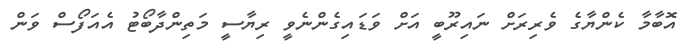
އޮބާމާ ކެންޔާގެ ވެރިރަށް ނައިރޫބީ އަށް ވަޑައިގެންނެވީ ރިޔާސީ މަތިންދާބޯޓު އެއަފޯސް ވަން